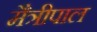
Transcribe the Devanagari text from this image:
मैत्रीपाल